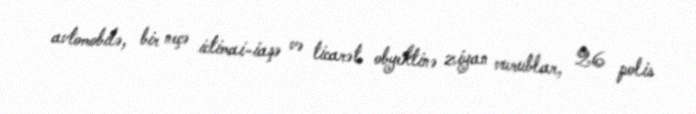
avtomobilə, bir neçə ictimai-iaşə və ticarət obyektinə ziyan vurublar, 26 polis